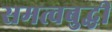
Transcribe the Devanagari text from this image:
समत्वबुद्धी